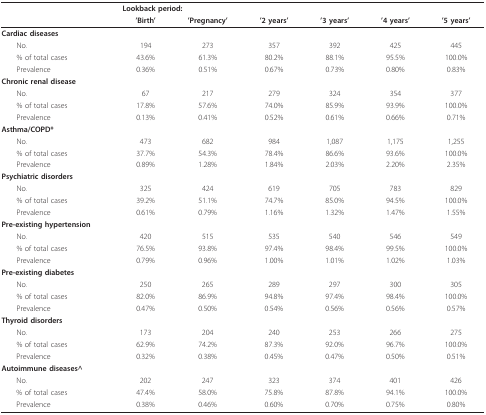
<table><thead><tr><td></td><td colspan="2"><b>Lookback period:</b></td><td></td><td></td><td></td><td></td></tr><tr><td></td><td><b>&#x27;Birth&#x27;</b></td><td><b>&#x27;Pregnancy&#x27;</b></td><td><b>&#x27;2 years&#x27;</b></td><td><b>&#x27;3 years&#x27;</b></td><td><b>&#x27;4 years&#x27;</b></td><td><b>&#x27;5 years&#x27;</b></td></tr></thead><tbody><tr><td><b>Cardiac diseases</b></td><td></td><td></td><td></td><td></td><td></td><td></td></tr><tr><td> No.</td><td>194</td><td>273</td><td>357</td><td>392</td><td>425</td><td>445</td></tr><tr><td> % of total cases</td><td>43.6%</td><td>61.3%</td><td>80.2%</td><td>88.1%</td><td>95.5%</td><td>100.0%</td></tr><tr><td> Prevalence</td><td>0.36%</td><td>0.51%</td><td>0.67%</td><td>0.73%</td><td>0.80%</td><td>0.83%</td></tr><tr><td><b>Chronic renal disease</b></td><td></td><td></td><td></td><td></td><td></td><td></td></tr><tr><td> No.</td><td>67</td><td>217</td><td>279</td><td>324</td><td>354</td><td>377</td></tr><tr><td> % of total cases</td><td>17.8%</td><td>57.6%</td><td>74.0%</td><td>85.9%</td><td>93.9%</td><td>100.0%</td></tr><tr><td> Prevalence</td><td>0.13%</td><td>0.41%</td><td>0.52%</td><td>0.61%</td><td>0.66%</td><td>0.71%</td></tr><tr><td><b>Asthma/COPD*</b></td><td></td><td></td><td></td><td></td><td></td><td></td></tr><tr><td> No.</td><td>473</td><td>682</td><td>984</td><td>1,087</td><td>1,175</td><td>1,255</td></tr><tr><td> % of total cases</td><td>37.7%</td><td>54.3%</td><td>78.4%</td><td>86.6%</td><td>93.6%</td><td>100.0%</td></tr><tr><td> Prevalence</td><td>0.89%</td><td>1.28%</td><td>1.84%</td><td>2.03%</td><td>2.20%</td><td>2.35%</td></tr><tr><td><b>Psychiatric disorders</b></td><td></td><td></td><td></td><td></td><td></td><td></td></tr><tr><td> No.</td><td>325</td><td>424</td><td>619</td><td>705</td><td>783</td><td>829</td></tr><tr><td> % of total cases</td><td>39.2%</td><td>51.1%</td><td>74.7%</td><td>85.0%</td><td>94.5%</td><td>100.0%</td></tr><tr><td> Prevalence</td><td>0.61%</td><td>0.79%</td><td>1.16%</td><td>1.32%</td><td>1.47%</td><td>1.55%</td></tr><tr><td><b>Pre-existing hypertension</b></td><td></td><td></td><td></td><td></td><td></td><td></td></tr><tr><td> No.</td><td>420</td><td>515</td><td>535</td><td>540</td><td>546</td><td>549</td></tr><tr><td> % of total cases</td><td>76.5%</td><td>93.8%</td><td>97.4%</td><td>98.4%</td><td>99.5%</td><td>100.0%</td></tr><tr><td> Prevalence</td><td>0.79%</td><td>0.96%</td><td>1.00%</td><td>1.01%</td><td>1.02%</td><td>1.03%</td></tr><tr><td><b>Pre-existing diabetes</b></td><td></td><td></td><td></td><td></td><td></td><td></td></tr><tr><td> No.</td><td>250</td><td>265</td><td>289</td><td>297</td><td>300</td><td>305</td></tr><tr><td> % of total cases</td><td>82.0%</td><td>86.9%</td><td>94.8%</td><td>97.4%</td><td>98.4%</td><td>100.0%</td></tr><tr><td> Prevalence</td><td>0.47%</td><td>0.50%</td><td>0.54%</td><td>0.56%</td><td>0.56%</td><td>0.57%</td></tr><tr><td><b>Thyroid disorders</b></td><td></td><td></td><td></td><td></td><td></td><td></td></tr><tr><td> No.</td><td>173</td><td>204</td><td>240</td><td>253</td><td>266</td><td>275</td></tr><tr><td> % of total cases</td><td>62.9%</td><td>74.2%</td><td>87.3%</td><td>92.0%</td><td>96.7%</td><td>100.0%</td></tr><tr><td> Prevalence</td><td>0.32%</td><td>0.38%</td><td>0.45%</td><td>0.47%</td><td>0.50%</td><td>0.51%</td></tr><tr><td><b>Autoimmune diseases^</b></td><td></td><td></td><td></td><td></td><td></td><td></td></tr><tr><td> No.</td><td>202</td><td>247</td><td>323</td><td>374</td><td>401</td><td>426</td></tr><tr><td> % of total cases</td><td>47.4%</td><td>58.0%</td><td>75.8%</td><td>87.8%</td><td>94.1%</td><td>100.0%</td></tr><tr><td> Prevalence</td><td>0.38%</td><td>0.46%</td><td>0.60%</td><td>0.70%</td><td>0.75%</td><td>0.80%</td></tr></tbody></table>